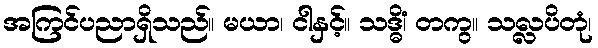
အကြင်ပညာရှိသည်။ မယာ၊ ငါနှင့်။ သဒ္ဓိံ၊ တကွ။ သလ္လပိတုံ၊